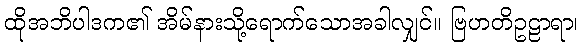
ထိုအဘိပါဒက၏ အိမ်နားသို့ရောက်သောအခါလျှင်။ ဗြဟတိဥဠာရာ၊